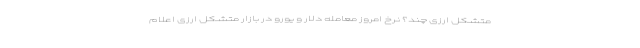
متشکل ارزی چند؟ نرخ امروز معامله دلار و یورو در بازار متشکل ارزی اعلام